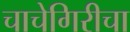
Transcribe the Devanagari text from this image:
चाचेगिरीचा